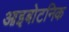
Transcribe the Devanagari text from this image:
आइबोटनिक